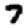
Digit: 7